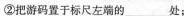
②把游码置于标尺左端的__处；